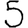
Digit: 5